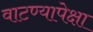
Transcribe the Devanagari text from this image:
वाटण्यापेक्षा